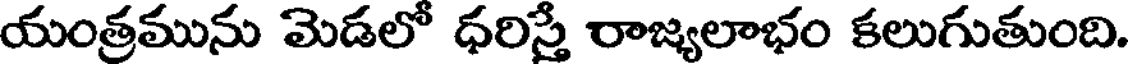
యంత్రమును మెడలో ధరిస్తే రాజ్యలాభం కలుగుతుంది.